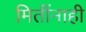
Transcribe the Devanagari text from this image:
मितींनाही